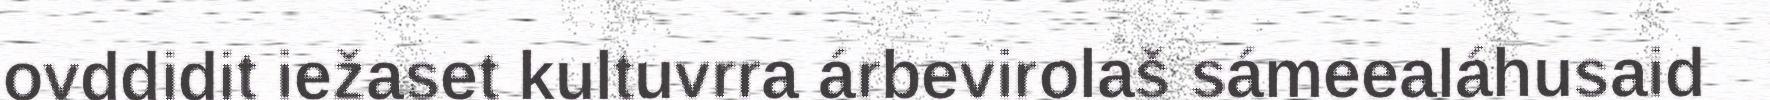
ovddidit iežaset kultuvrra árbevirolaš sámeealáhusaid